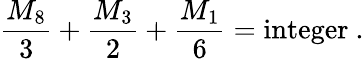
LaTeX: {\frac{M_{8}}{3}}+{\frac{M_{3}}{2}}+{\frac{M_{1}}{6}}=\mathrm{integer}\ .